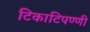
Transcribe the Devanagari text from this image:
टिकाटिपण्णी